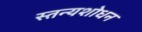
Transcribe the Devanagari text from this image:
स्तन्यशोधन